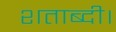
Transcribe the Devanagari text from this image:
शताब्दी।